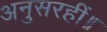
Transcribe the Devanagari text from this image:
अनुसरहीं॥